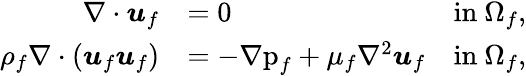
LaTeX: \begin{array}{rlr}{\nabla\cdot\boldsymbol{u}_{f}}&{=0}&{\mathrm{in~}\Omega_{f},}\\ {\rho_{f}\nabla\cdot\left(\boldsymbol{u}_{f}\boldsymbol{u}_{f}\right)}&{=-\mathrm{\nabla{p}}_{f}+\mu_{f}\nabla^{2}\boldsymbol{u}_{f}}&{\mathrm{in~}\Omega_{f},}\end{array}